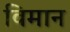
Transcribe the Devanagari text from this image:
विमान